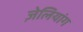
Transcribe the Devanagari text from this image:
ज़ेलियांग